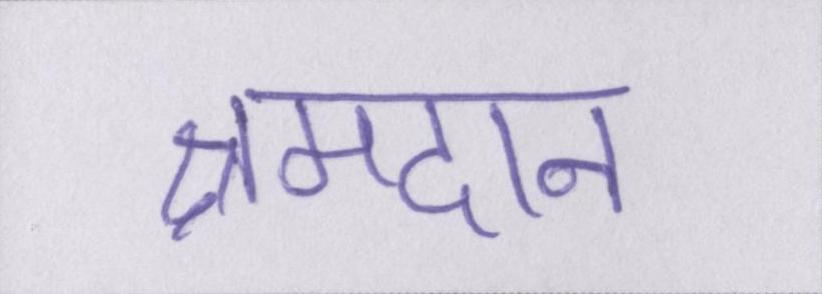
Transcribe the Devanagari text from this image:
श्रमदान